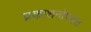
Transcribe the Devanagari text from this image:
प्रकाशनोपरांत